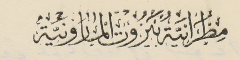
مِطرَانيَةُ بَيرُوت المارونيَّة